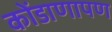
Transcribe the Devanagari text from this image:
कोंडाणापण